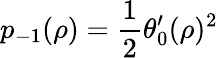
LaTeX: p_{-1}(\rho)=\frac 12\theta_{0}^{\prime}(\rho)^{2}